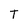
Character: T